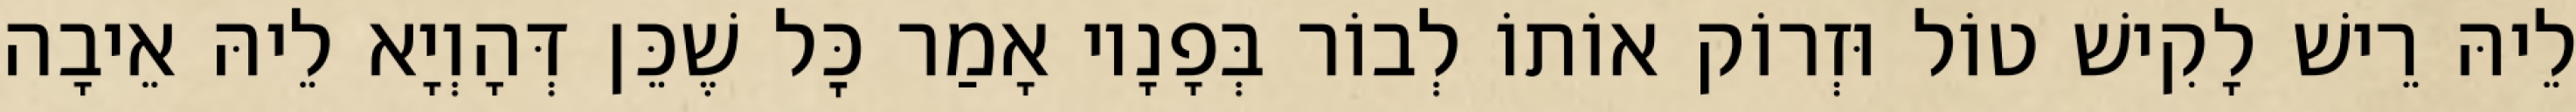
לֵיהּ רֵישׁ לָקִישׁ טוֹל וּזְרוֹק אוֹתוֹ לְבוֹר בְּפָנָיו אָמַר כׇּל שֶׁכֵּן דְּהָוְיָא לֵיהּ אֵיבָה